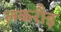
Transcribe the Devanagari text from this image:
लकरौइ